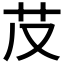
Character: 𦬐